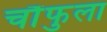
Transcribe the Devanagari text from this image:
चौंफुला